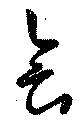
会